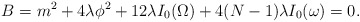
\begin{align*}B=m^2+4\lambda\phi^{2}+12\lambda I_{0}(\Omega)+4(N-1)\lambda I_{0}(\omega)=0.\end{align*}